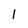
Character: l